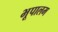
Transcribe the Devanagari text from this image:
भूपालम